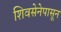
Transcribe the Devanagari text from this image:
शिवसेनेपासून